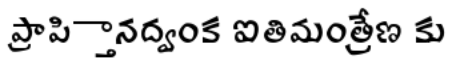
ప్రాప్తిానద్వంక ఐతిమంత్రేణ కు